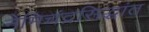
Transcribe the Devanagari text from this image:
नेमिचंद्रसिद्धांत